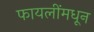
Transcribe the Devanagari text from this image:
फायलींमधून